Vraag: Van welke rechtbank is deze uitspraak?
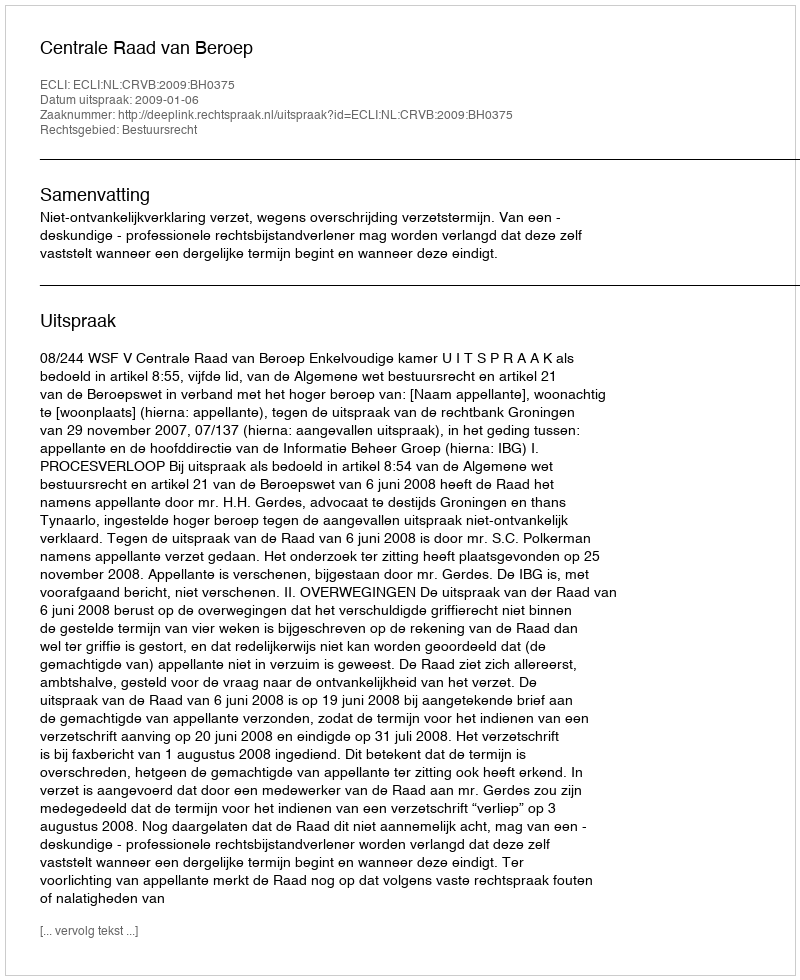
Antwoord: Centrale Raad van Beroep